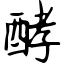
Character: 酵